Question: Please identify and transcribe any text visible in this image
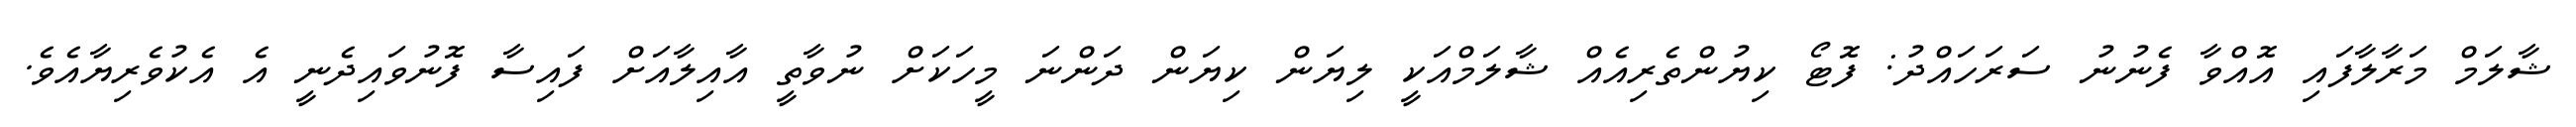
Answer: ޝާލަމް މަރާލާފައި އޮއްވާ ފެނުނު ސަރަހައްދު: ފޮޓޯ ކިޔުންތެރިއެއް ޝާލަމްއަކީ ލިޔަން ކިޔަން ދަންނަ މީހަކަށް ނުވާތީ އާއިލާއަށް ފައިސާ ފޮނުވައިދެނީ އެ އެކުވެރިޔާއެވެ.